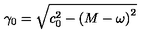
\gamma _ { 0 } = \sqrt { c _ { 0 } ^ { 2 } - \left( M - \omega \right) ^ { 2 } }